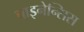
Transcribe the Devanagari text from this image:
चाइनेन्सिस